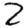
Digit: 2